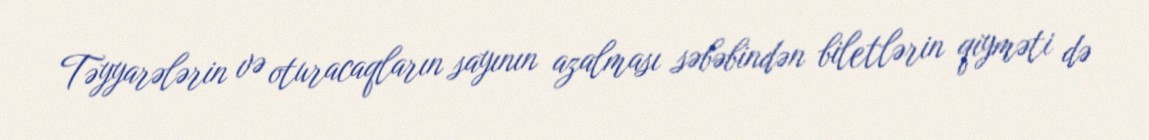
Təyyarələrin və oturacaqların sayının azalması səbəbindən biletlərin qiyməti də